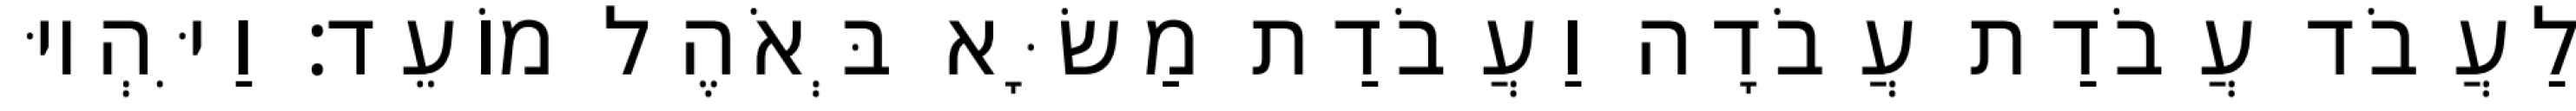
לַעֲבֹד עֲבֹדַת עֲבֹדָה וַעֲבֹדַת מַשָּׂא בְּאֹהֶל מוֹעֵד׃ וַיִּהְיוּ